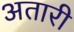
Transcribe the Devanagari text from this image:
अतारी